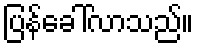
ပြန်ခေါ်လာသည်။